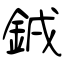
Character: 銊